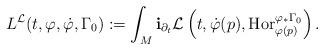
LaTeX: \begin{align*}L^\mathcal{L}(t,\varphi,\dot\varphi,\Gamma_0):=\int_M\mathbf{i}_{\partial_t}\mathcal{L}\left(t,\dot\varphi(p),\operatorname{Hor}_{\varphi(p)}^{\varphi_*\Gamma_0}\right).\end{align*}